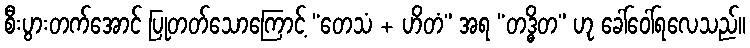
စီးပွားတက်အောင် ပြုတတ်သောကြောင့် “တေသံ + ဟိတံ” အရ “တဒ္ဓိတ” ဟု ခေါ်ဝေါ်ရလေသည်။